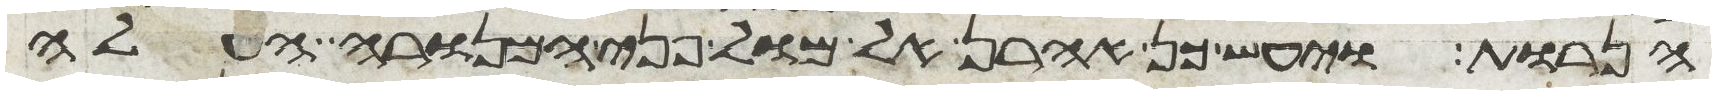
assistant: הנרות ויעש כן אהרן אל מול פני המנורה העלה